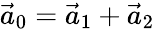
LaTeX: \vec{a}_{0}=\vec{a}_{1}+\vec{a}_{2}